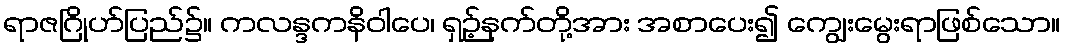
ရာဇဂြိုဟ်ပြည်၌။ ကလန္ဒကနိဝါပေ၊ ရှဉ့်နက်တို့အား အစာပေး၍ ကျွေးမွေးရာဖြစ်သော။